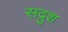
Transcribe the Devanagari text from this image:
सद्रुश